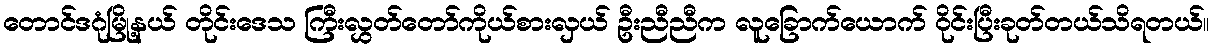
တောင်ဒဂုံမြို့နယ် တိုင်းဒေသ ကြီးလွှတ်တော်ကိုယ်စားလှယ် ဦးညီညီက လူခြောက်ယောက် ဝိုင်းပြီးခုတ်တယ်သိရတယ်။